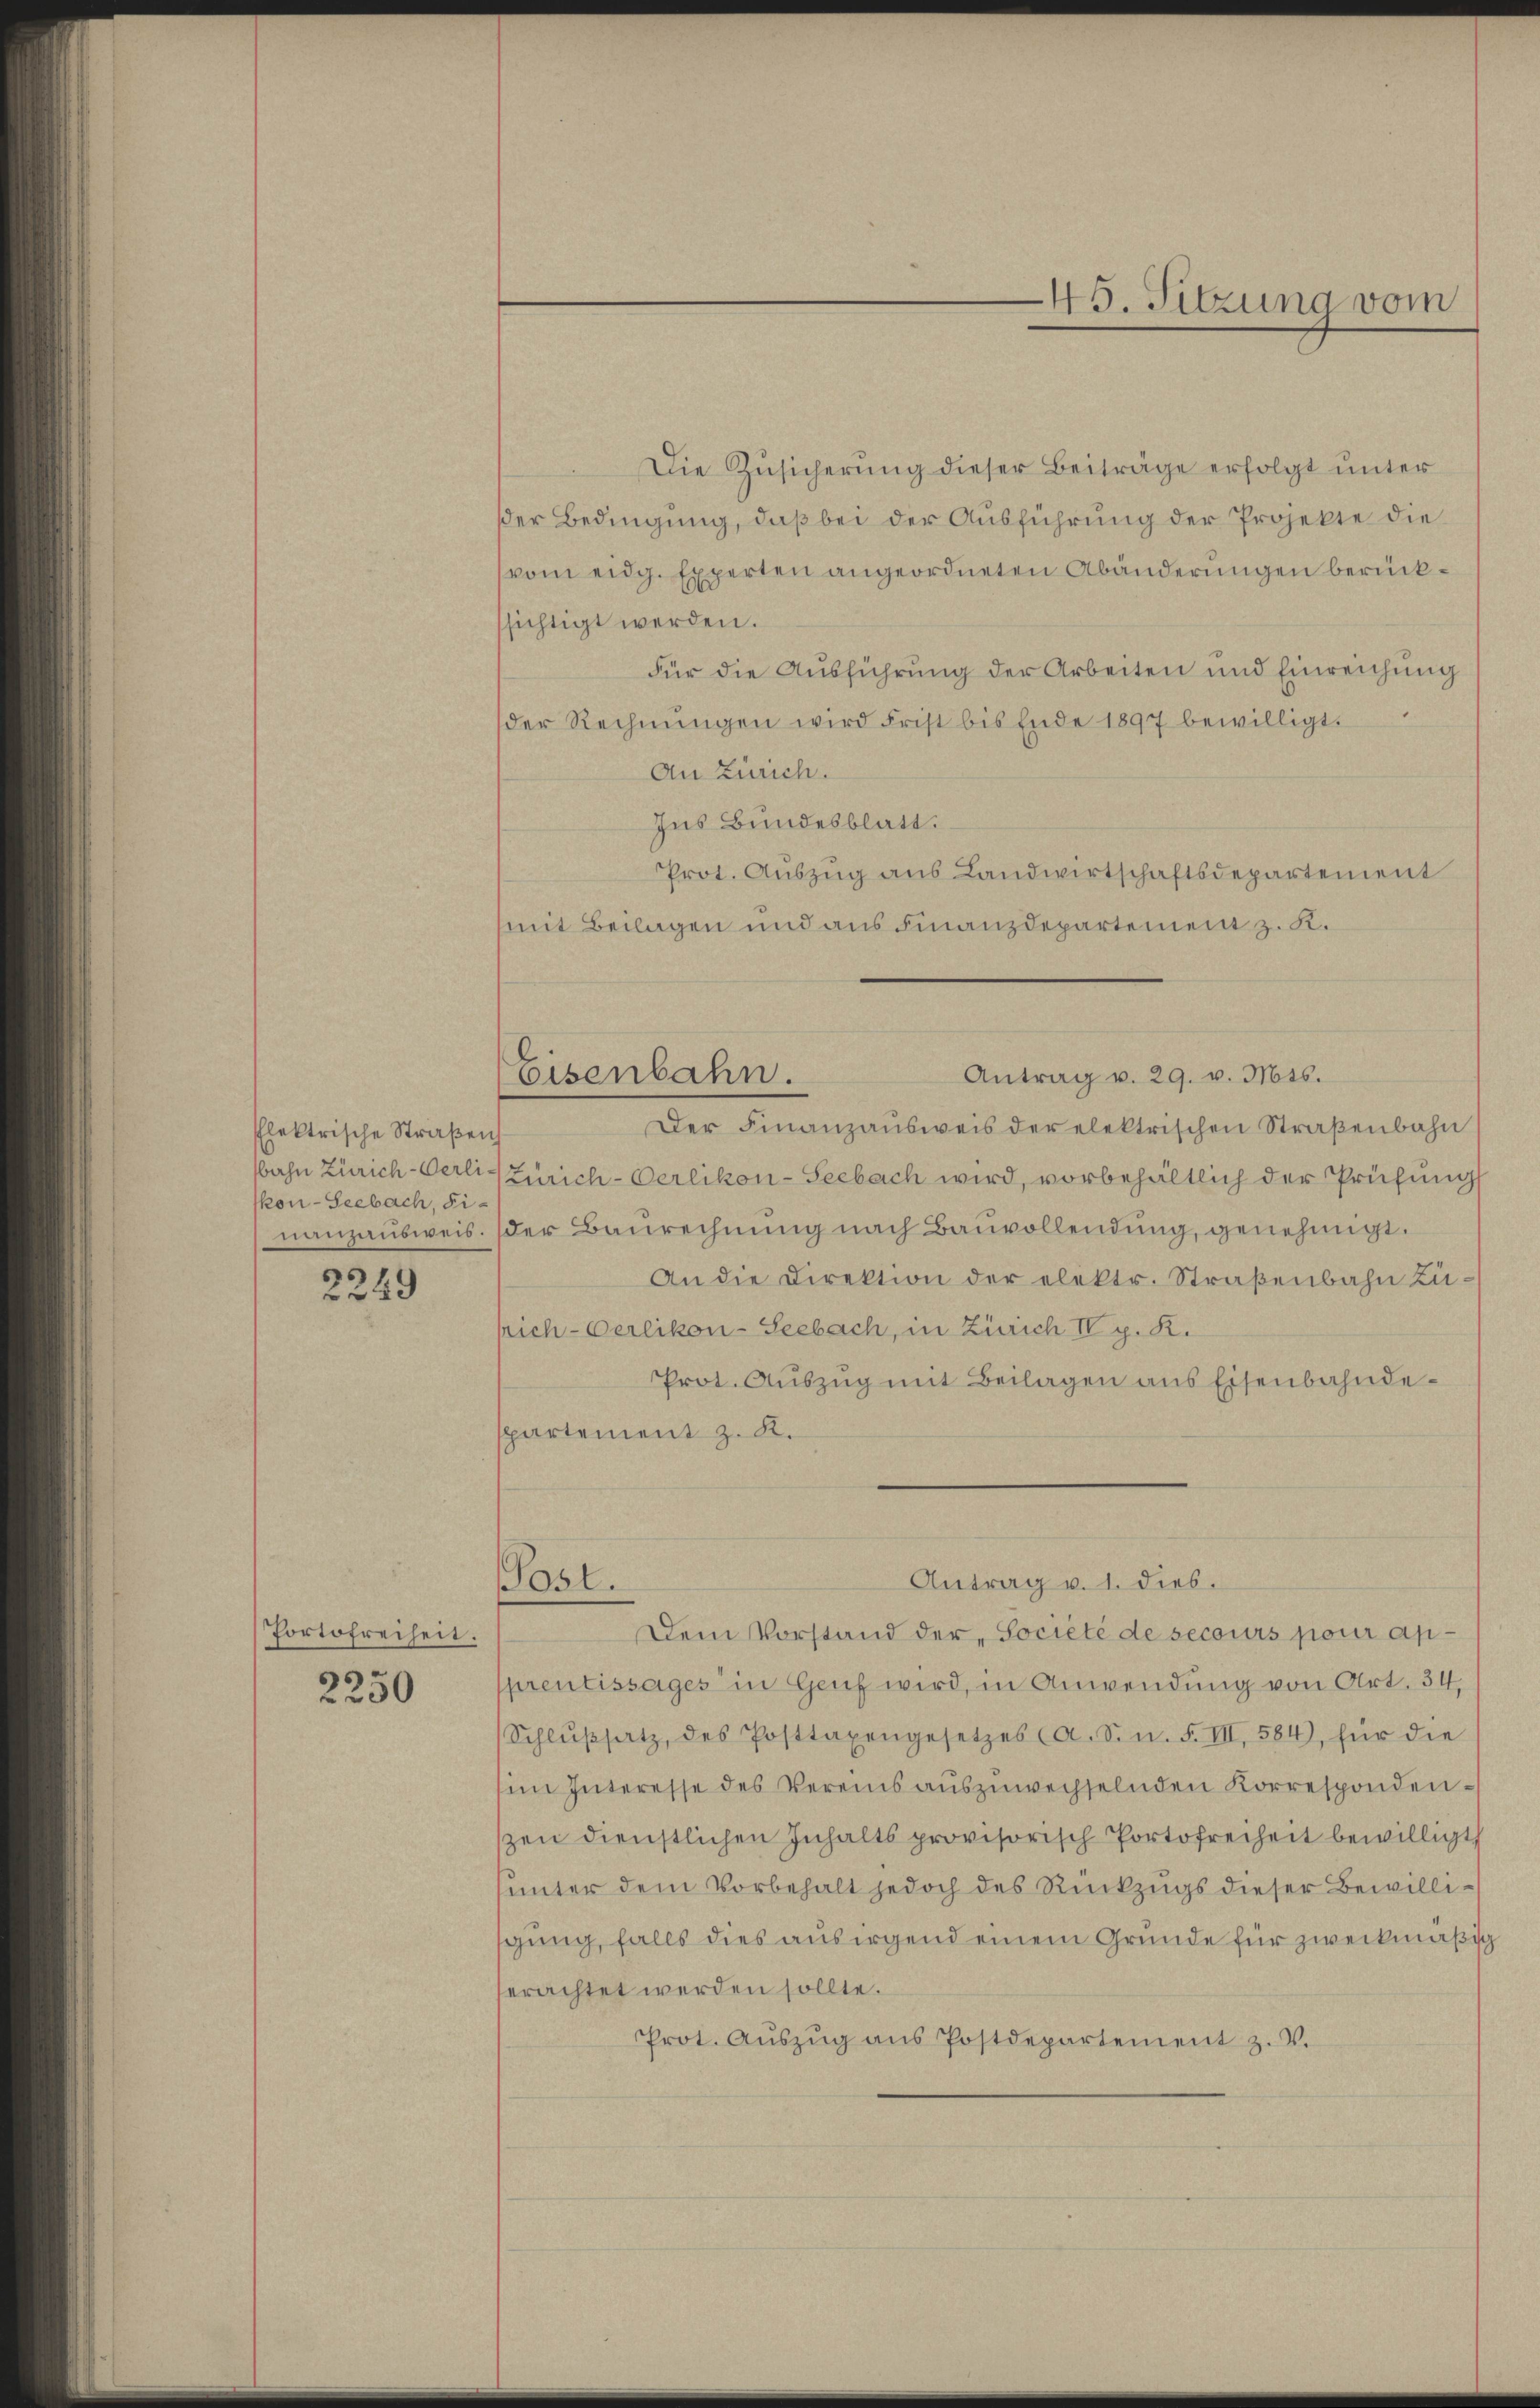
Elektrische Straßen
bahn Zürich-Verliskon-Seebach, Fi-
nanzausweis.

2249

Portofreiheit.
2250

Post.

Die Zusicherung dieser Beiträge erfolgt unter
der Bedingung, daß bei der Ausführung der Projekte die
vom eidg. Experten angeordneten Abänderungen berücksichtigt werden.
Für die Ausführung der Arbeiten und Einreichung
der Rechnŭngen wird Frist bis Ende 1897 bewilligt.
An Zürich.
Ins Bundesblatt.
Prot. Auszug aus Landwirtschaftsdepartement
mit Beilagen und aus Finanzdepartement z. R.
Antrag v. 29. v. Mts.
Eisenbahn.
Der Finanzaŭsweis der elektrischen Straßenbahn
Zürich-Oerlikon-Seebach wird, vorbehältlich der Prüfung
der Baurechnung nach Bauvollendung, genehmigt.
An die Direktion der elektr. Straßenbahn zurich-Oerlikon-Seebach, in Zürich IV p. K.
Prot. Aŭszŭg mit Beilagen aus Eisenbahndespartement z. K.

Antrag v. 1. dies.

45. Sitzung vom

Dem Vorstand der Societé de secours pour apprentissages in Genf wird, in Anwendung von Art. 34,
Schlŭβsatz, des Posttaxengesetzes (A. S. n. F. III, 584), für die
in Interesse des Vereins auszuwechselnden Korrespondenszen dienstlichen Inhalts provisorisch Portofreiheit bewilligt
unter dem Vorbehalt jedoch des Rückzugs dieser Bewilligung, falls dies aus irgend einem Grunde für zweckmäßig
erachtet werden sollte.
Prot. Aŭszŭg ans Postdepartement z. V.